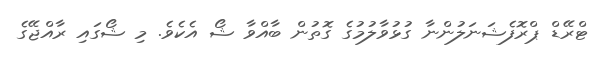
ޓްރޭޑް ޕްރޮފެޝަނަލުންނާ ގުޅުވާލުމުގެ ގޮތުން ބާއްވާ ޝޯ އެކެވެ. މި ޝޯގައި ރާއްޖޭގެ